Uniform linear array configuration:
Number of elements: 8
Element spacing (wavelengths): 0.25
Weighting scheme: hamming
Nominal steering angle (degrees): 60
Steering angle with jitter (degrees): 60.196
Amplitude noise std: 0.05
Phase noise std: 0.05

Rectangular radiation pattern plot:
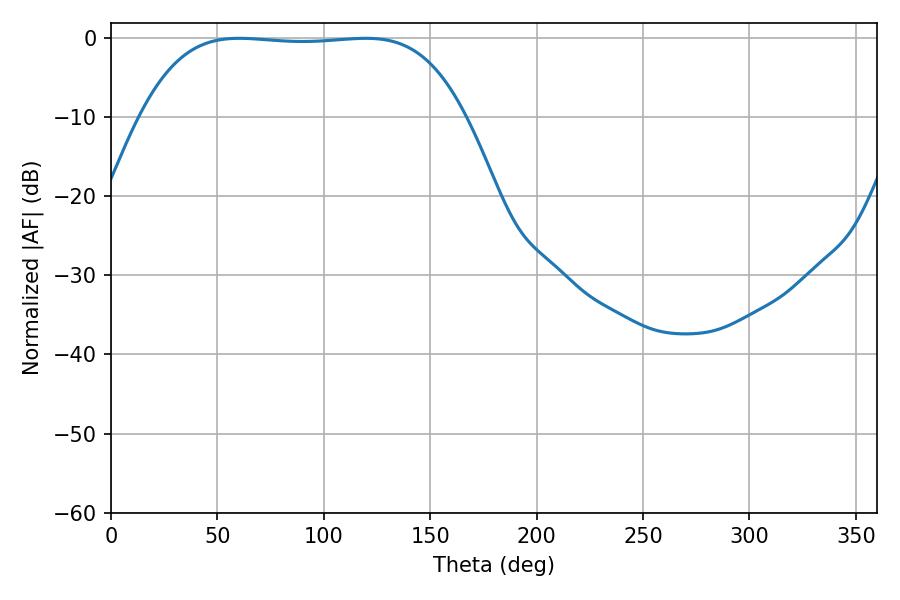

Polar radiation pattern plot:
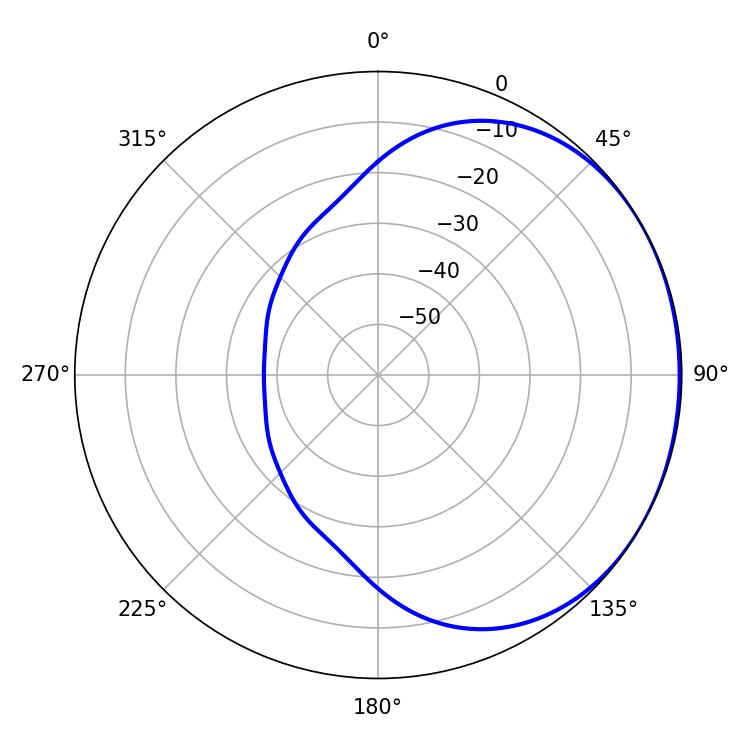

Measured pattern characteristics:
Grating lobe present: FALSE
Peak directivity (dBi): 0.8711
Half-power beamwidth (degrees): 118.44
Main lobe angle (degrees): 60.3